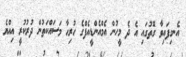
އެނގިފައިވާ ގޮތުގައި އެ ދެ މީހުން އެމްއެންޑީއެފްގެ ހުރިހާ މަސައްކަތުން ދުރުކުރީ އިއްޔެ